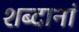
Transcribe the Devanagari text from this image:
शब्दानां